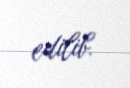
edilib.